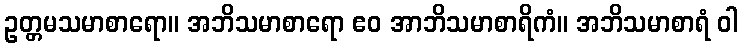
ဥတ္တမသမာစာရော။ အဘိသမာစာရော ဧဝ အာဘိသမာစာရိကံ။ အဘိသမာစာရံ ဝါ